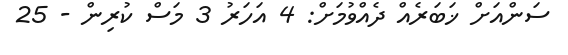
ސަންއަށް ޚަބަރެއް ދެއްވުމަށް: 4 އަހަރު 3 މަސް ކުރިން - 25